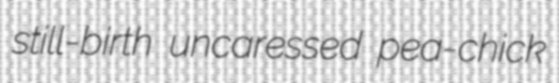
still-birth uncaressed pea-chick